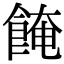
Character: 餣